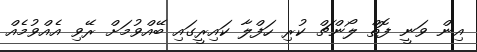
އިން ވަނީ ފޮތް ލޯންޗް ކުރި ހަފްލާ ކައިރީގައި ބޭއްވުމަށް ރޭވި އެއްވުމެއް